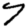
Digit: 7